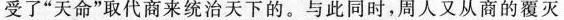
受了”天命”取代商来统治天下的。与此同时，周人又从商的覆灭